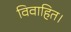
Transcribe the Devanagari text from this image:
विवाहित।